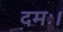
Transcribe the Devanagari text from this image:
दमः।